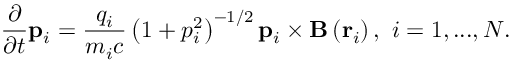
\frac { \partial } { \partial t } \mathbf { p } _ { i } = \frac { q _ { i } } { m _ { i } c } \left( 1 + p _ { i } ^ { 2 } \right) ^ { - 1 / 2 } \mathbf { p } _ { i } \times \mathbf { B } \left( \mathbf { r } _ { i } \right) , \ i = 1 , . . . , N .